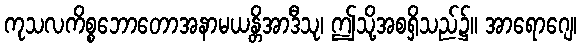
ကုသလကိစ္စဘောတောအနာမယန္တိအာဒီသု၊ ဤသို့အစရှိသည်၌။ အာရောဂျေ၊